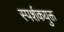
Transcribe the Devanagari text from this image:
स्पर्शकयुक्त